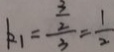
k _ { 1 } = \frac { \frac { 3 } { 2 } } { 3 } = \frac { 1 } { 2 }